Civil Veterinary Department. Madras. Admin. report 1910-25 - 1910-1925
Year: 1910
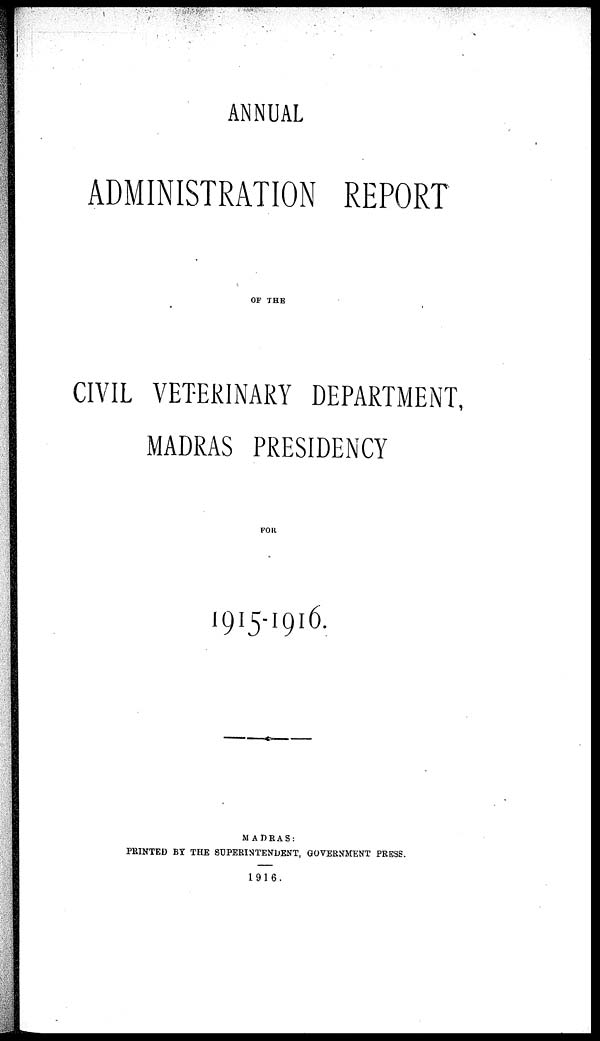
ANNUAL
ADMINISTRATION REPORT
OF THE
CIVIL VETERINARY DEPARTMENT,
MADRAS PRESIDENCY
FOR
1915-1916.
MADRAS:
PRINTED BY THE SUPERINTENDENT, GOVERNMENT PRESS.
1916.